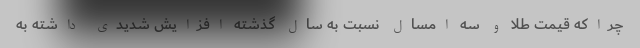
چراکه قیمت طلا و سه امسال نسبت به سال گذشته افزایش شدیدی داشته به